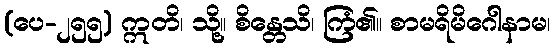
(ပေ-၂၅၅) ဣတိ၊ သို့။ စိန္တေသိ၊ ကြံ၏။ စာမရိမိဂေါနာမ၊